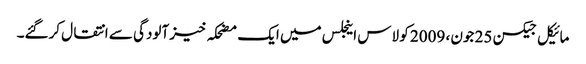
مائیکل جیکسن 25 جون ، 2009 کو لاس اینجلس میں ایک مضحکہ خیز آلودگی سے انتقال کرگئے۔